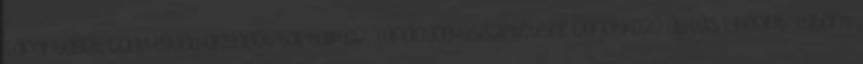
Tápanyagot, vagy egyéb anyagot tartalmaz Tápanyag-összetételre vonatkozó állítás Likopint luteint